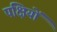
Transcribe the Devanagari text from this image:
पक्षियों